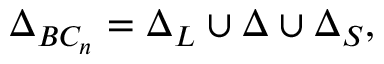
\Delta _ { B C _ { n } } = \Delta _ { L } \cup \Delta \cup \Delta _ { S } ,